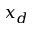
x _ { d }